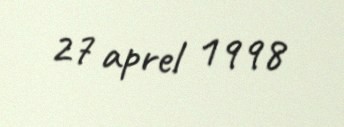
27 aprel 1998